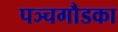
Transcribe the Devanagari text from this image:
पञ्चगौडका